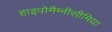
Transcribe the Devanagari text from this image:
हाइपोमैग्नीसीमिया